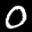
Label: 0